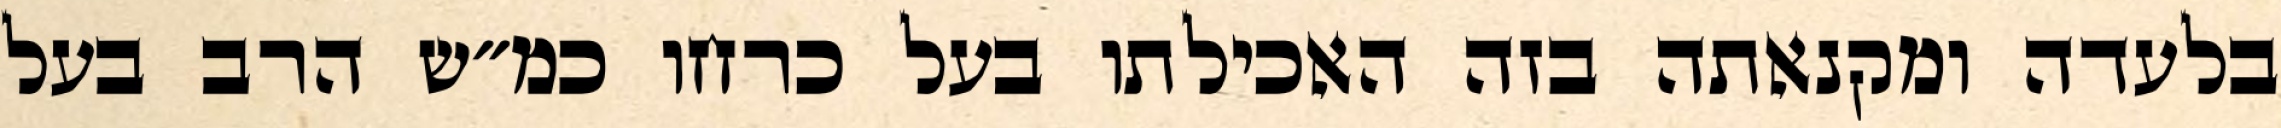
בלעדה ומקנאתה בזה האכילתו בעל כרחו כמ״ש הרב בעל